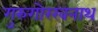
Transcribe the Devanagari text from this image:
गुरुगोरखनाथ